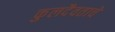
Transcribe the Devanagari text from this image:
कुलदैवताचे